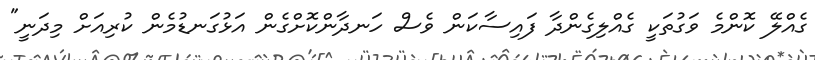
ގެއްލޭ ކޮންމެ ވަގުތަކީ ގެއްލިގެންދާ ފައިސާކަން ވެސް ހަނދާންކޮށްގެން އަޅުގަނޑުމެން ކުރިއަށް މިދަނީ"